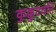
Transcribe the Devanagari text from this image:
कुक्कुटवति